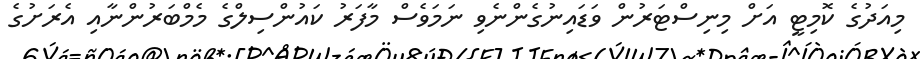
މިއަދުގެ ކޮމިޓީ އަށް މިނިސްޓަރުން ވަޑައިނުގެންނެވި ނަމަވެސް މާފަރު ކައުންސިލްގެ މެމްބަރުންނާއި އެރަށުގެ